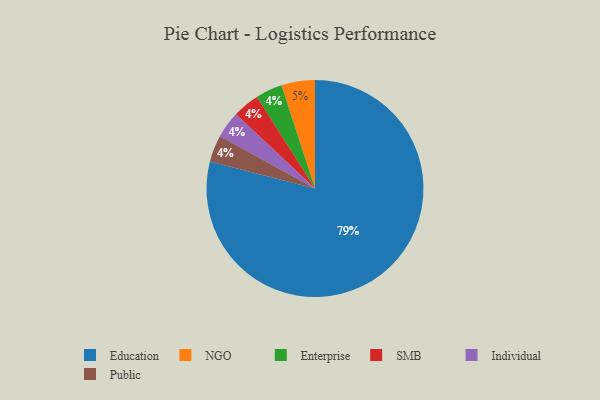
{"axis": {"x": "Category", "y": "Percentage"}, "legend": ["Education", "Enterprise", "Individual", "NGO", "Public", "SMB"], "data": [{"x": "Education", "y": 79, "type": "Education"}, {"x": "Enterprise", "y": 4, "type": "Enterprise"}, {"x": "NGO", "y": 5, "type": "NGO"}, {"x": "SMB", "y": 4, "type": "SMB"}, {"x": "Individual", "y": 4, "type": "Individual"}, {"x": "Public", "y": 4, "type": "Public"}]}